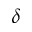
\delta